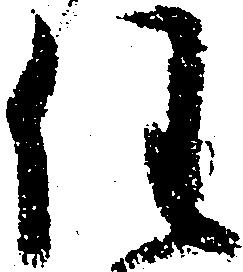
任